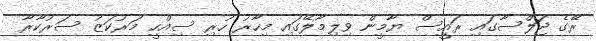
ރޭގެ ޖަލްސާގައި ރައީސް ޔާމީން ވިލިމާލޭގައި މިހާރު ހުރި ސިއްހީ މަރުކަޒު ސަރުކާރާ